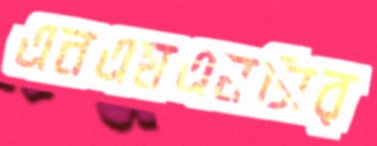
এনএমএমসির